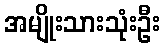
အမျိုးသားသုံးဦး